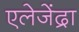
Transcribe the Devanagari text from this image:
एलेजेंद्रा